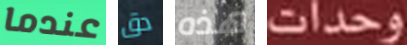
عندما دق هذه وحدات